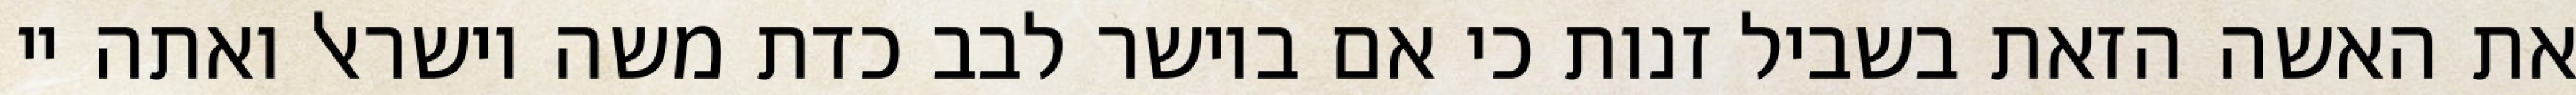
את האשה הזאת בשביל זנות כי אם ביושר לבב כדת משה וישראל ואתה יי